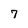
Character: 7